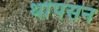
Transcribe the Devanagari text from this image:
थांपसन